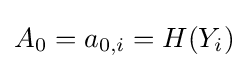
A_{0}=a_{0,i}=H(Y_{i})